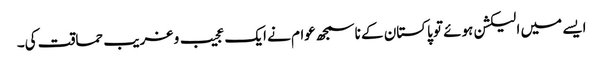
ایسے میں الیکشن ہوئے تو پاکستان کے ناسمجھ عوام نے ایک عجیب و غریب حماقت کی۔